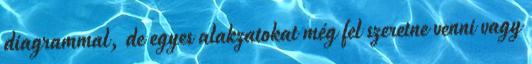
diagrammal, de egyes alakzatokat még fel szeretne venni vagy